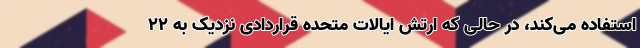
استفاده می‌کند، در حالی که ارتش ایالات متحده قراردادی نزدیک به ۲۲